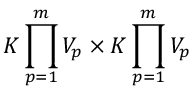
K \prod _ { p = 1 } ^ { m } V _ { p } \times K \prod _ { p = 1 } ^ { m } V _ { p }